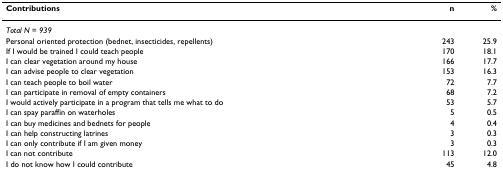
| Contributions | n | % |
 | --- | --- | --- |
 | Total N = 939 |  |  |
 | Personal oriented protection (bednet, insecticides, repellents) | 243 | 25.9 |
 | If I would be trained I could teach people | 170 | 18.1 |
 | I can clear vegetation around my house | 166 | 17.7 |
 | I can advise people to clear vegetation | 153 | 16.3 |
 | I can teach people to boil water | 72 | 7.7 |
 | I can participate in removal of empty containers | 68 | 7.2 |
 | I would actively participate in a program that tells me what to do | 53 | 5.7 |
 | I can spay paraffin on waterholes | 5 | 0.5 |
 | I can buy medicines and bednets for people | 4 | 0.4 |
 | I can help constructing latrines | 3 | 0.3 |
 | I can only contribute if I am given money | 3 | 0.3 |
 | I can not contribute | 113 | 12.0 |
 | I do not know how I could contribute | 45 | 4.8 |